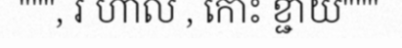
""", រ ហាល , កោះ ខ្ជាយ"""